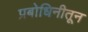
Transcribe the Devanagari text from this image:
प्रबोधिनीतून